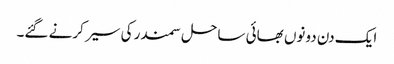
ایک دن دونوں بھائی ساحل سمندر کی سیر کرنے گئے۔